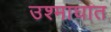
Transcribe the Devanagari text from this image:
उश्माघात